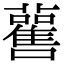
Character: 𧃼